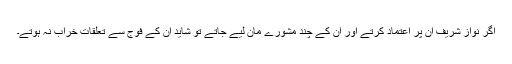
اگر نواز شریف ان پر اعتماد کرتے اور ان کے چند مشورے مان لیے جاتے تو شاید ان کے فوج سے تعلقات خراب نہ ہوتے۔